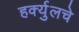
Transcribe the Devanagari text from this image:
हर्क्युलचे